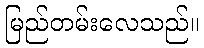
မြည်တမ်းလေသည်။